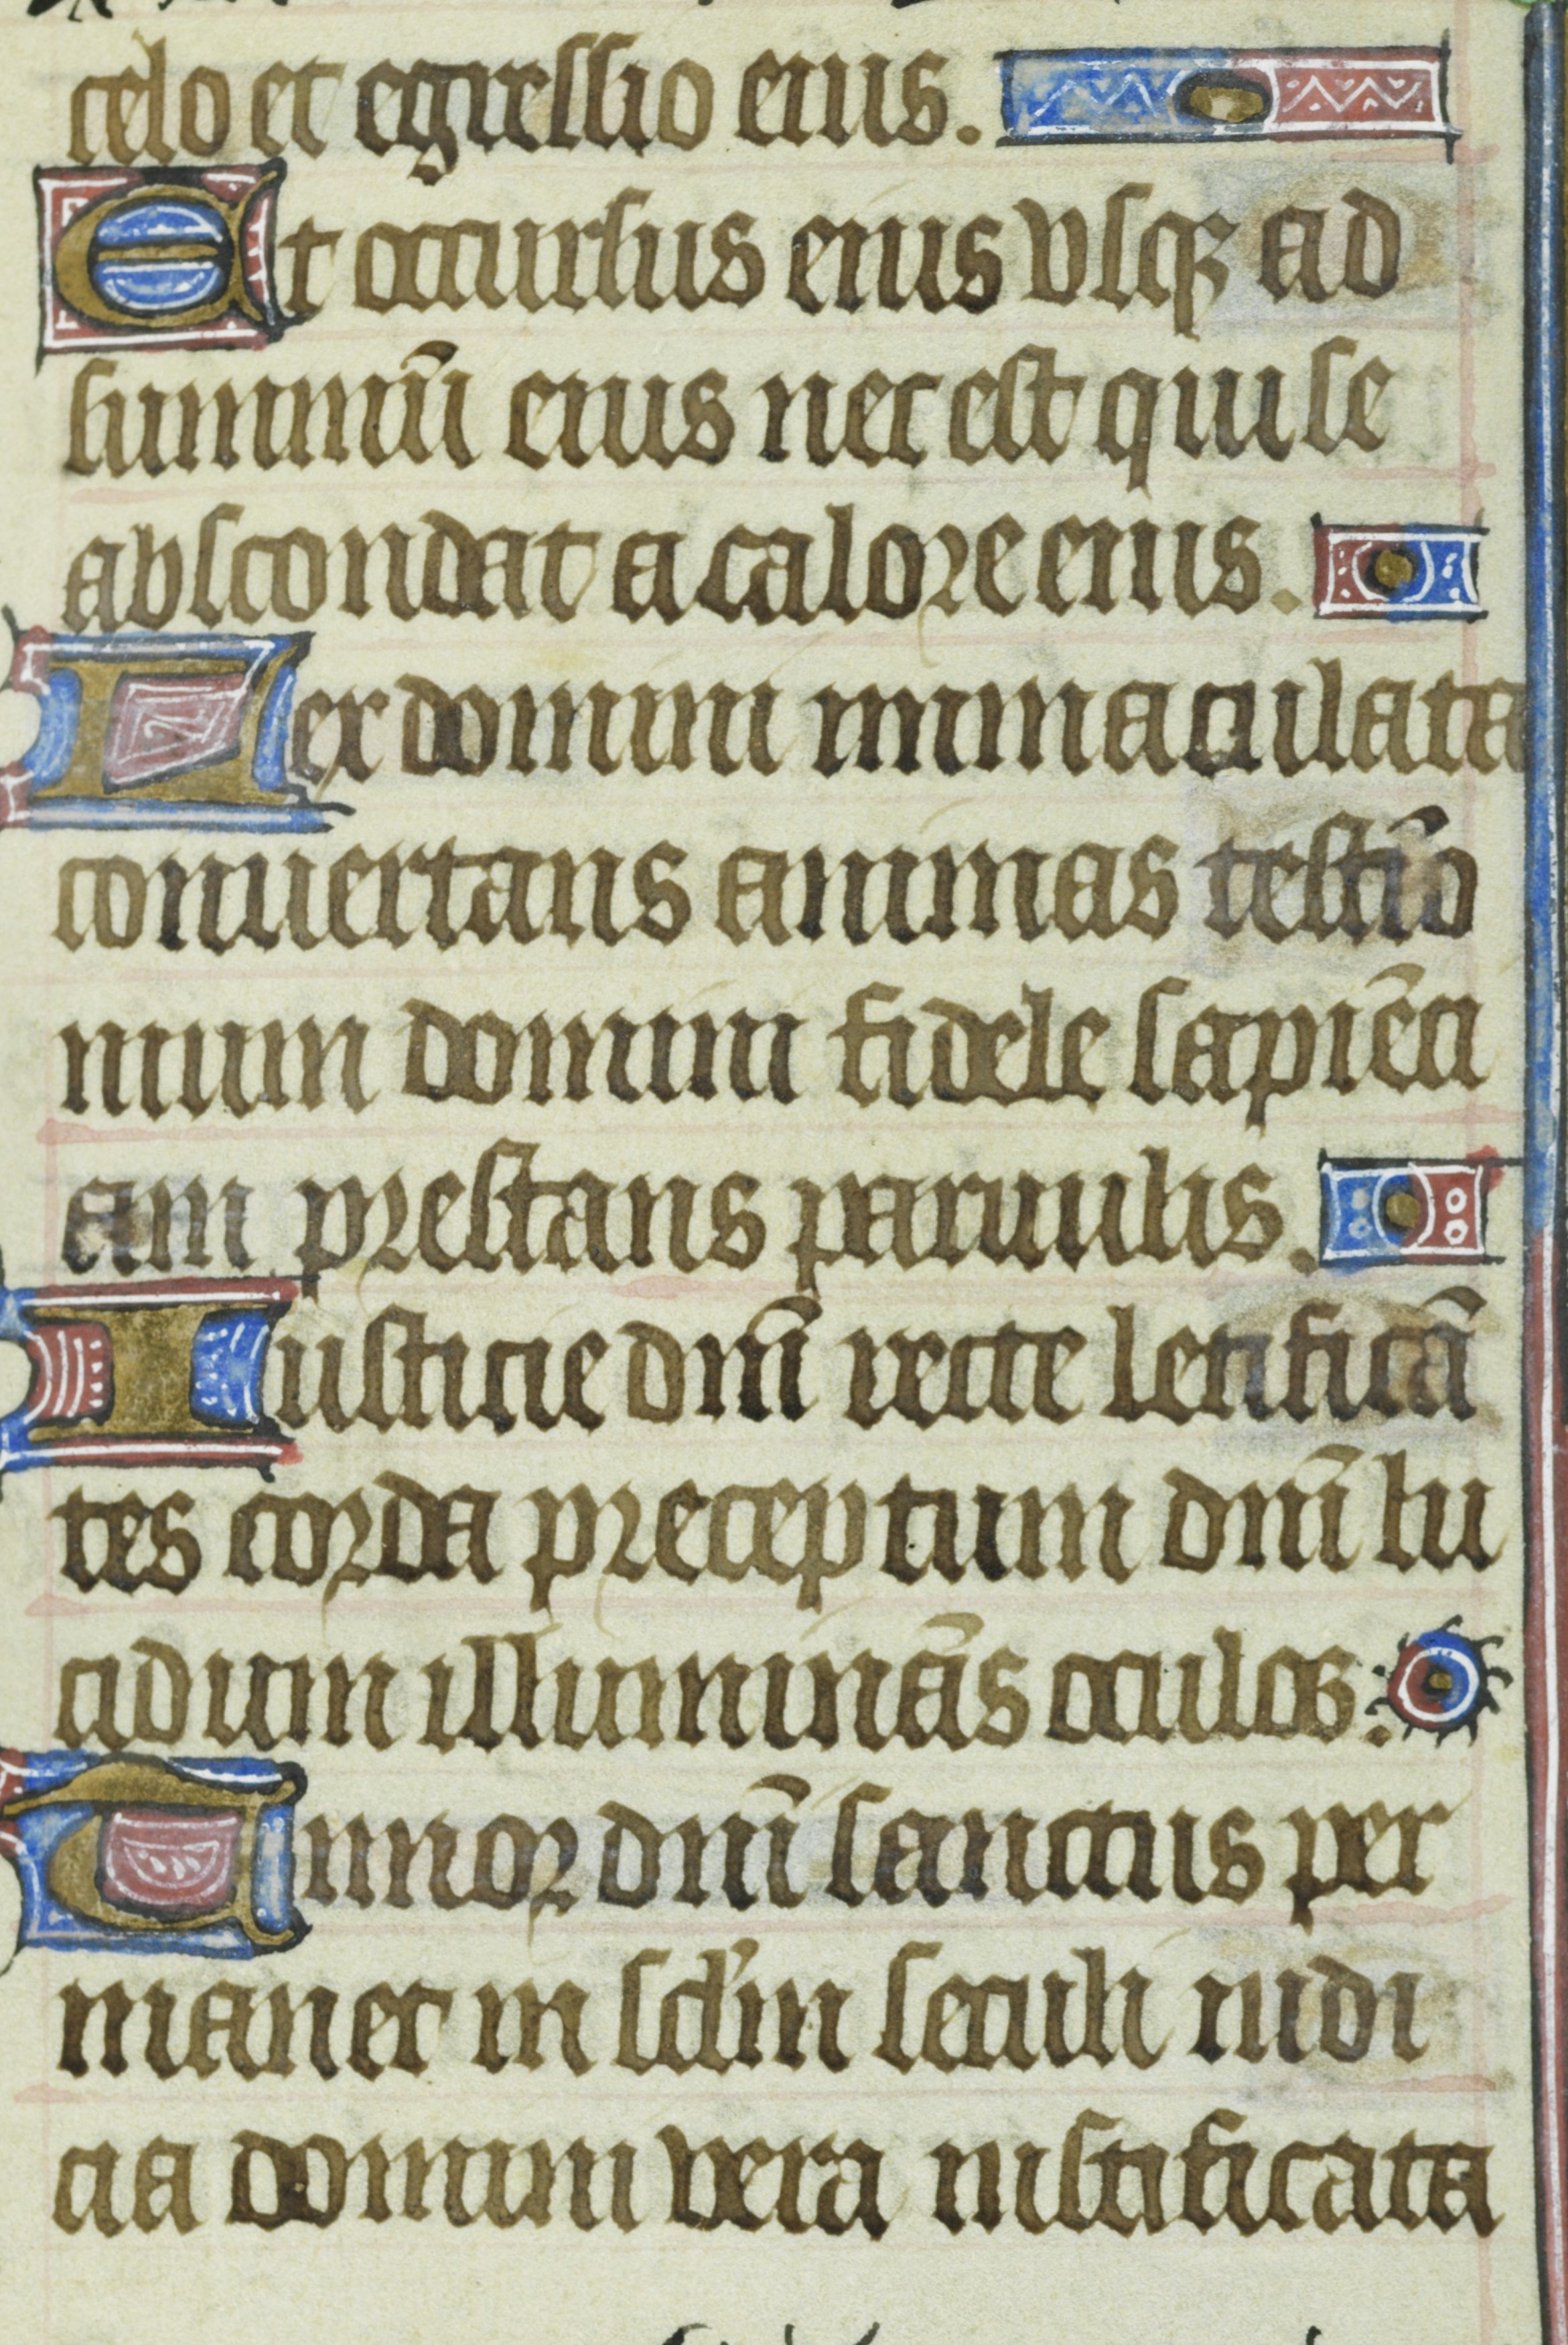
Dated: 1435–1465